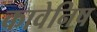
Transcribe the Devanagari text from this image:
कावेनिष